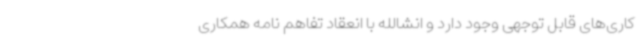
کاری‌های قابل توجهی وجود دارد و انشالله با انعقاد تفاهم نامه همکاری